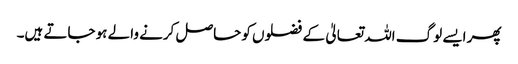
پھر ایسے لوگ اللہ تعالیٰ کے فضلوں کو حاصل کرنے والے ہو جاتے ہیں۔